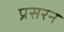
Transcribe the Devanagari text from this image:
प्रसरन